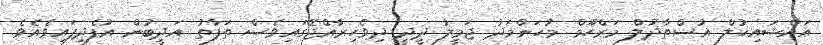
އައްޝައިޚުލް އުސްތާޛުލް މަރްހޫމް މުހަންމަދު ޖަމީލު ދީދީ ދިވެހިރާއްޖޭގައިވެސް ތަފާތު އަދީބުން އުފެދިފައިވެއެވެ.